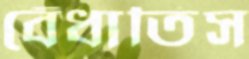
বেঁধাতিস